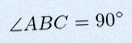
\angle ABC=90^\circ